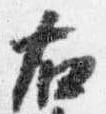
右